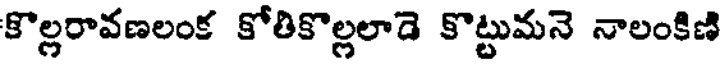
కొల్లరావణలంక కోతికొల్లలాడె కొట్టుమనె నాలంకిణి